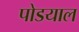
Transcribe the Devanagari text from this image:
पोडयाल